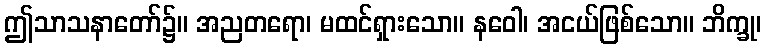
ဤသာသနာတော်၌။ အညတရော၊ မထင်ရှားသော။ နဝေါ၊ အငယ်ဖြစ်သော။ ဘိက္ခု၊